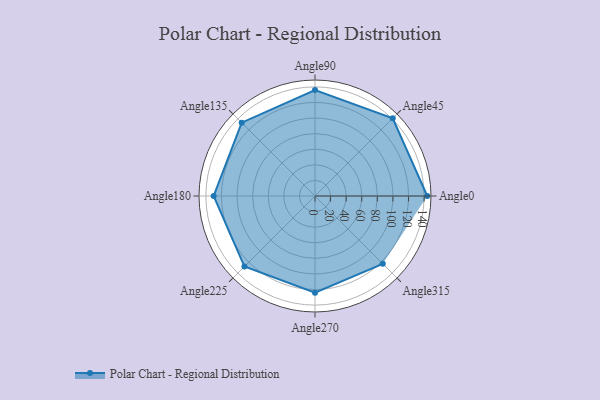
{"axis": {"x": "Angle", "y": "Radius"}, "legend": [""], "data": [{"x": "Angle0", "y": 144.0, "type": ""}, {"x": "Angle45", "y": 141.0, "type": ""}, {"x": "Angle90", "y": 136.0, "type": ""}, {"x": "Angle135", "y": 133.0, "type": ""}, {"x": "Angle180", "y": 130.0, "type": ""}, {"x": "Angle225", "y": 128.0, "type": ""}, {"x": "Angle270", "y": 124.0, "type": ""}, {"x": "Angle315", "y": 123.0, "type": ""}]}